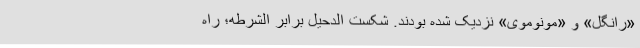
«رانگل» و «مونوموی» نزدیک شده‌ بودند. شکست الدحیل برابر الشرطه؛ راه